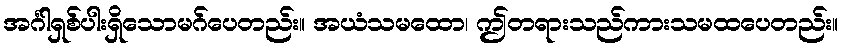
အင်္ဂါရှစ်ပါးရှိသောမဂ်ပေတည်း။ အယံသမထော၊ ဤတရားသည်ကားသမထပေတည်း။